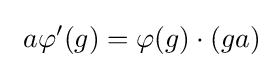
\ a\varphi '(g)=\varphi (g)\cdot (ga)